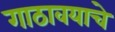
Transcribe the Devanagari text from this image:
गाठावयाचे